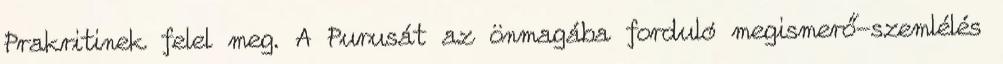
Prakritinek felel meg. A Purusát az önmagába forduló megismerő-szemlélés